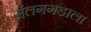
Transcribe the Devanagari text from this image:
मंलगगडाला